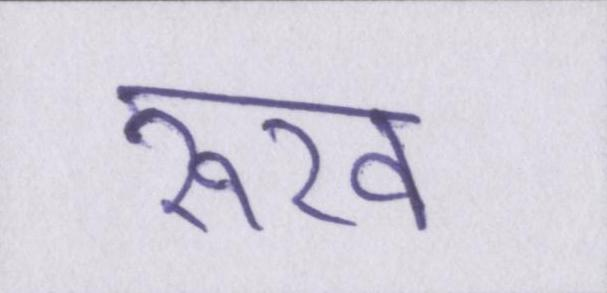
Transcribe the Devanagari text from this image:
रूख